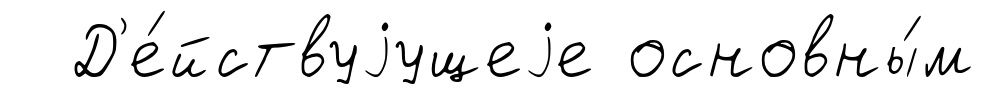
Д'е́йствуjущеjе основны́м